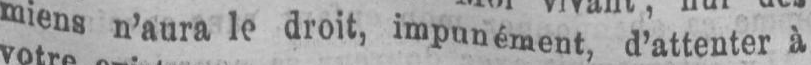
miens n’aura le droit, impunément, d’attenter à